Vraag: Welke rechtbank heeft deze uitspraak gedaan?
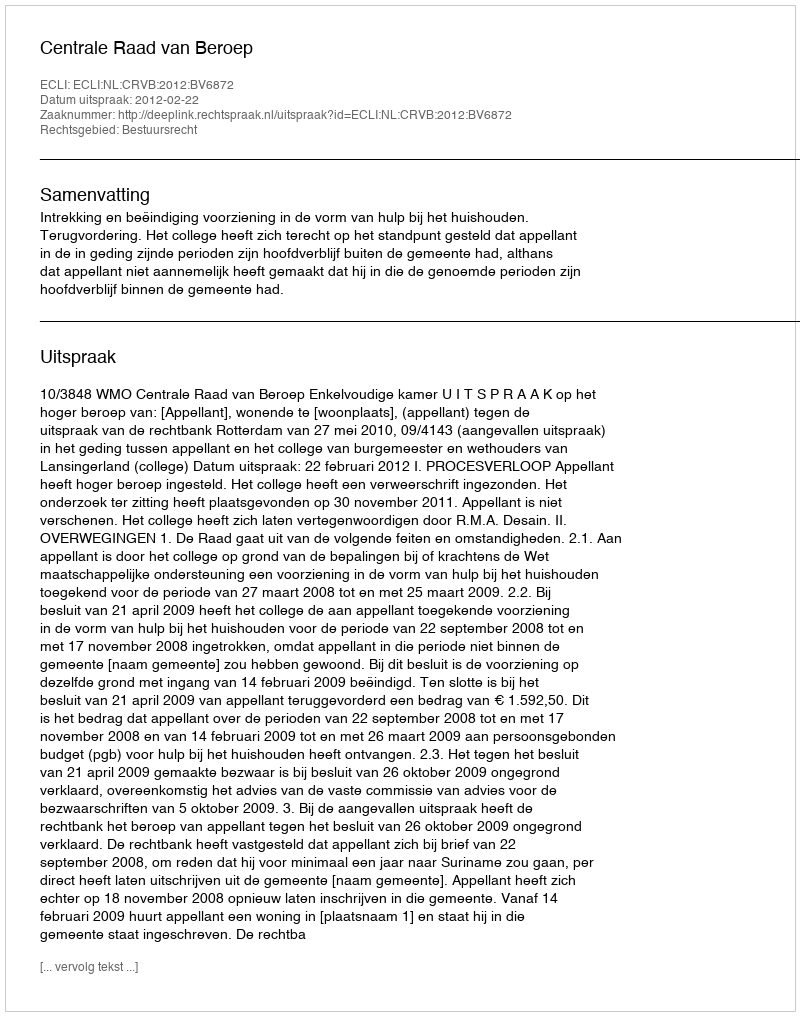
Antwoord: Centrale Raad van Beroep